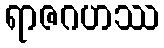
ရာဇဂဟဿ